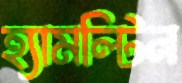
হ্যামল্টিন